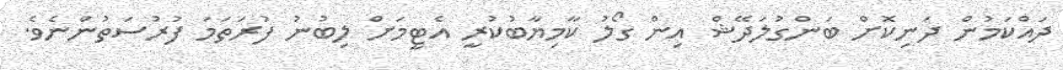
ދައްކަމުން ދަނިކޮށް ބަންގުލަދޭޝް އިން ގޯލު ކާމިޔާބުކުރީ އެޓީމަށް ލިބުނު ފުރަތަމަ ފުރުސަތުންނެވެ.